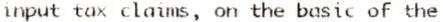
INPUT TAX CLAIMS, ON THE BASIC OF THE